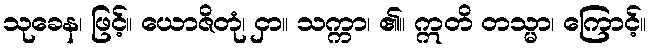
သုခေန၊ ဖြင့်။ ယောဇိတုံ၊ ငှာ။ သက္ကာ၊ ၏။ ဣတိ တသ္မာ၊ ကြောင့်။